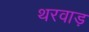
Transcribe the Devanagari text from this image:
थरवाड़